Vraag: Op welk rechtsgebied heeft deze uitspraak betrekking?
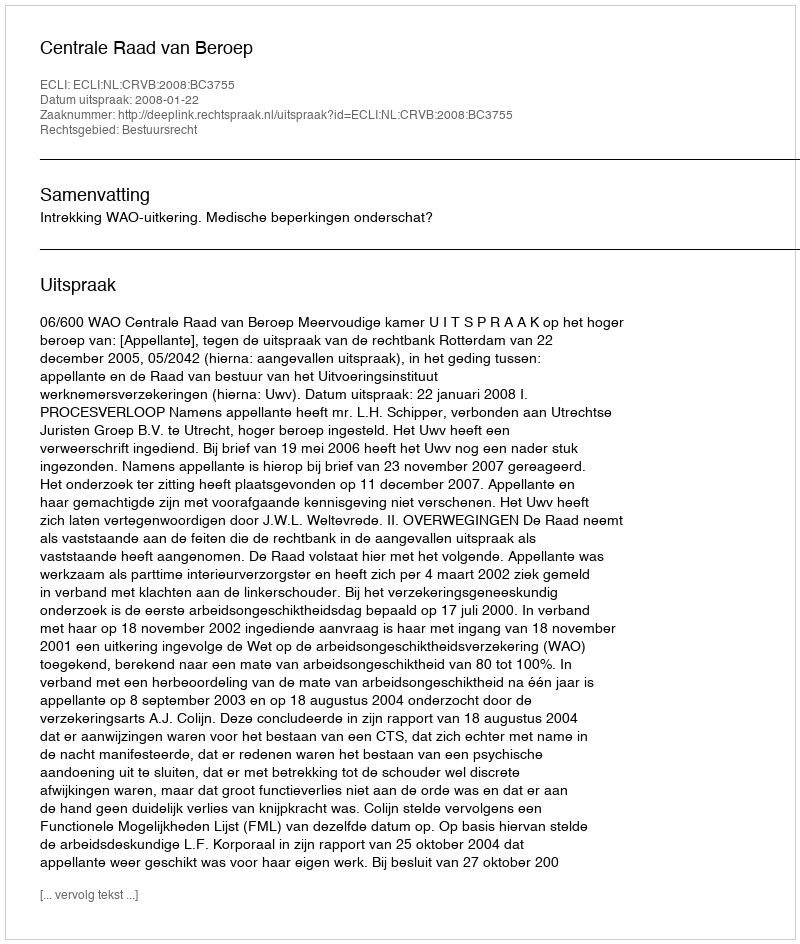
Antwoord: Bestuursrecht